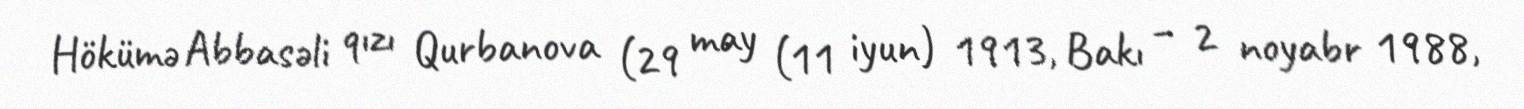
Hökümə Abbasəli qızı Qurbanova (29 may (11 iyun) 1913, Bakı – 2 noyabr 1988,